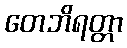
တေဘိရတ္တာ